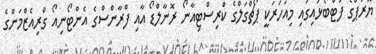
ޔޫރަޕްގެ ފުޓްބޯޅައިގައި މިއަހަރަކީ ޕޯޗްގަލްގެ ކްރިސްޓިއާނޯ ރޮނާލްޑޯ އާއި ފްރާންސްގެ އެންޓޯނިއޯ ގްރިއެޒްމަންގެ